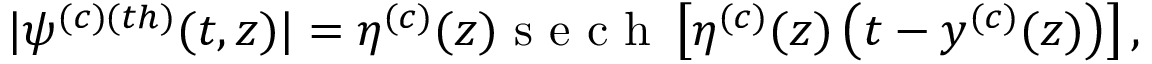
\begin{array} { r } { | \psi ^ { ( c ) ( t h ) } ( t , z ) | = \eta ^ { ( c ) } ( z ) \mathrm { ~ s ~ e ~ c ~ h ~ } \left[ \eta ^ { ( c ) } ( z ) \left( t - y ^ { ( c ) } ( z ) \right) \right] , } \end{array}